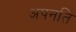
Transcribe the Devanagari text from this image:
अपनति